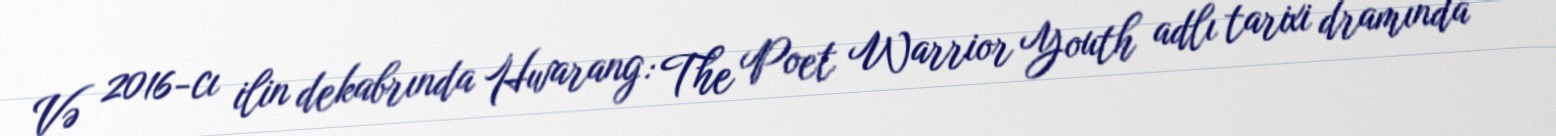
Və 2016-cı ilin dekabrında Hwarang: The Poet Warrior Youth adlı tarixi dramında